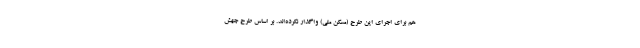
هم برای اجرای این طرح (مسکن ملی) واگذار نکرده‌اند. بر اساس طرح جهش